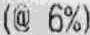
(@ 6%)